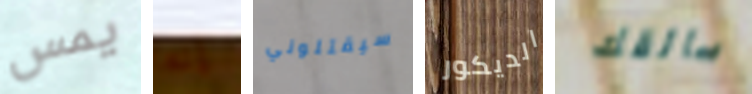
يمس إنه سيقتلوني الديكور سائقك